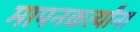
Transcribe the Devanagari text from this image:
मापनकर्त्यांना